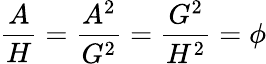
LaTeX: {\frac{A}{H}}={\frac{A^{2}}{G^{2}}}={\frac{G^{2}}{H^{2}}}=\phi